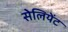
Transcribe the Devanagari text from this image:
सेलियेंट